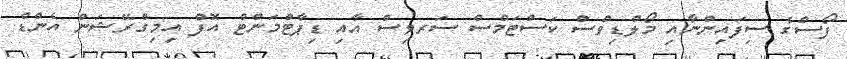
ފޯސްގެ ސިފައިންނާއި މޯލްޑިވްސް ކަސްޓަމްސް ސަރވިސް އާއި ޑިޕާޓްމަންޓް އޮފް އިމިގްރޭޝަން އެންޑް